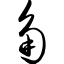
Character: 角